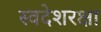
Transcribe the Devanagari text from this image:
स्वदेशरक्षा